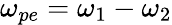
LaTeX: \omega_{pe}=\omega_{1}-\omega_{2}